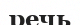
речь